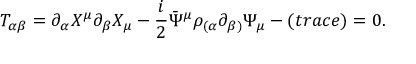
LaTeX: T _ { \alpha \beta } = \partial _ { \alpha } X ^ { \mu } \partial _ { \beta } X _ { \mu } - \frac { i } { 2 } \bar { \Psi } ^ { \mu } \rho _ { ( \alpha } \partial _ { \beta ) } \Psi _ { \mu } - ( t r a c e ) = 0 .